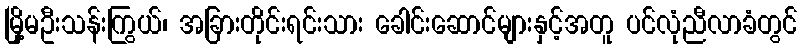
မြို့မဦးသန်းကြွယ်၊ အခြားတိုင်းရင်းသား ခေါင်းဆောင်များနှင့်အတူ ပင်လုံညီလာခံတွင်